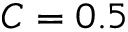
C = 0 . 5